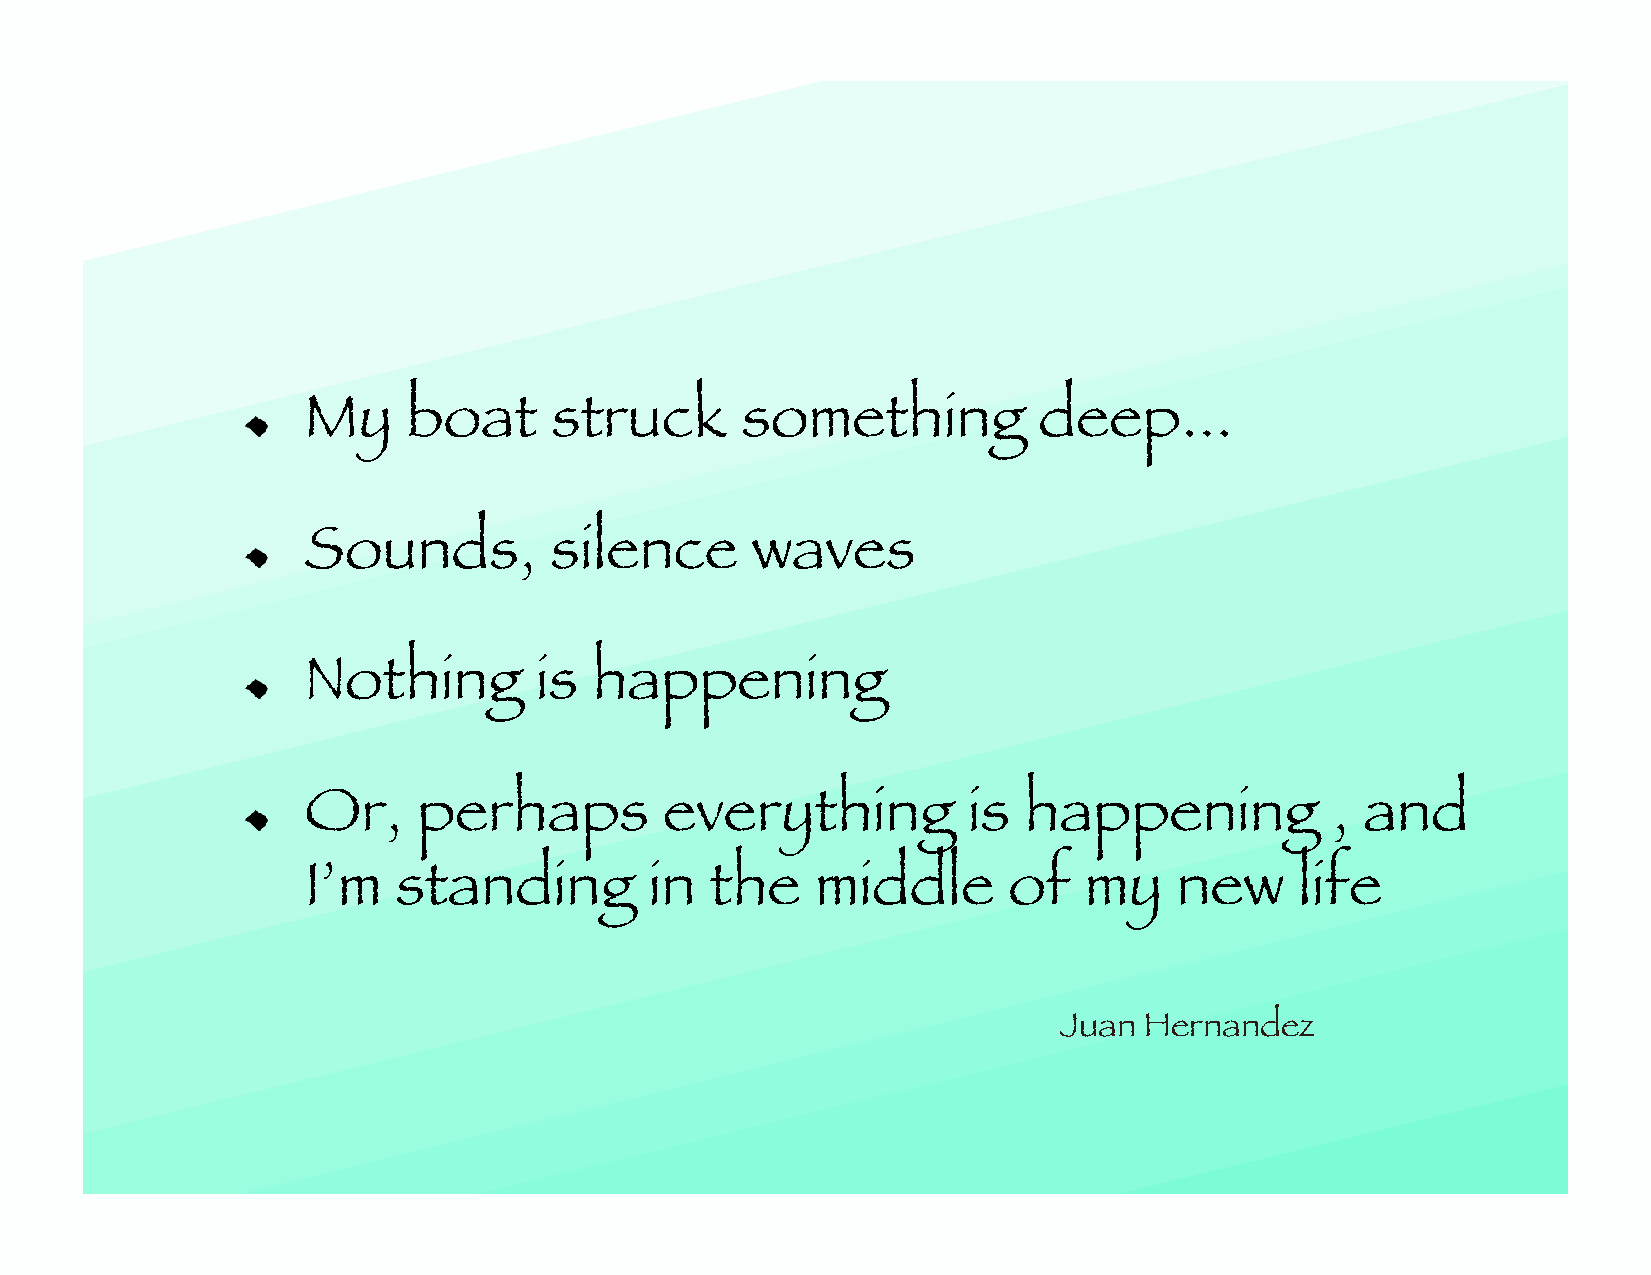
!   My     boat     struck       something           deep...
 !   Sounds,         silence       waves
 !   Nothing        is  happening
 !   Or,     perhaps         everything          is  happening           , and
 I’m   standing         in  the    middle       of   my    new     life
 Juan  Hernandez